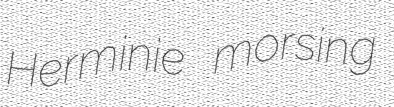
Herminie morsing